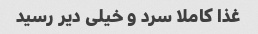
غذا کاملا سرد و خیلی دیر رسید